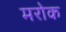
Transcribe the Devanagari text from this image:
मरोक